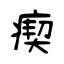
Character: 瘈